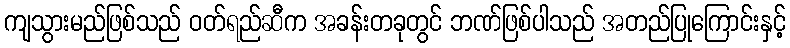
ကျသွားမည်ဖြစ်သည် ဝတ်ရည်ဆီက အခန်းတခုတွင် ဘဏ်ဖြစ်ပါသည် အတည်ပြုကြောင်းနှင့်